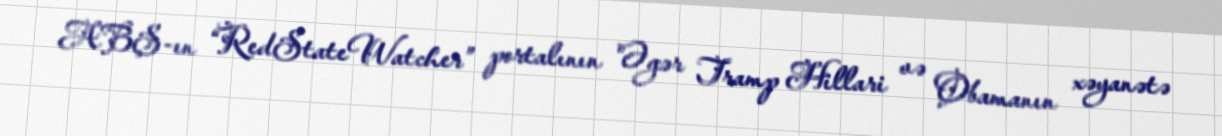
ABŞ-ın “RedStateWatcher” portalının "Əgər Tramp Hillari və Obamanın xəyanətə